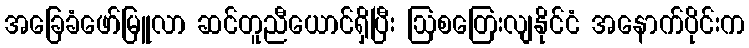
အခြေခံဖော်မြူလာ ဆင်တူညီယောင်ရှိပြီး ဩစတြေးလျနိုင်ငံ အနောက်ပိုင်းက